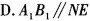
D.A_{1}B_{1}//NE